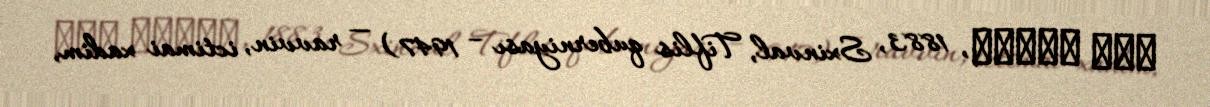
דוד באזוב, 1883, Sxinval, Tiflis quberniyası – 1947) — ravvin, ictimai xadim,